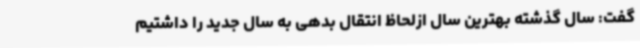
گفت: سال گذشته بهترین سال ازلحاظ انتقال بدهی به سال جدید را داشتیم